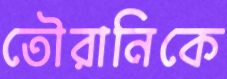
তৌরানিকে